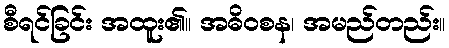
စီရင်ခြင်း အထူး၏။ အဓိဝစန၊ အမည်တည်း။